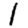
Digit: 1